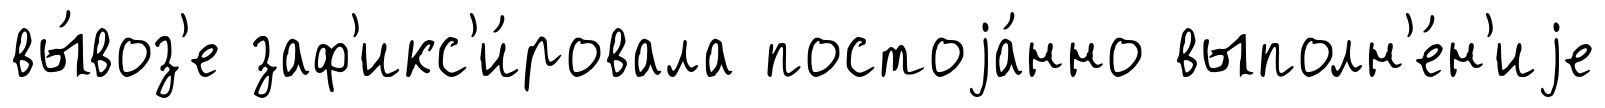
вы́воз'е заф'икс'и́ровала постоjа́нно выполн'е́н'иjе